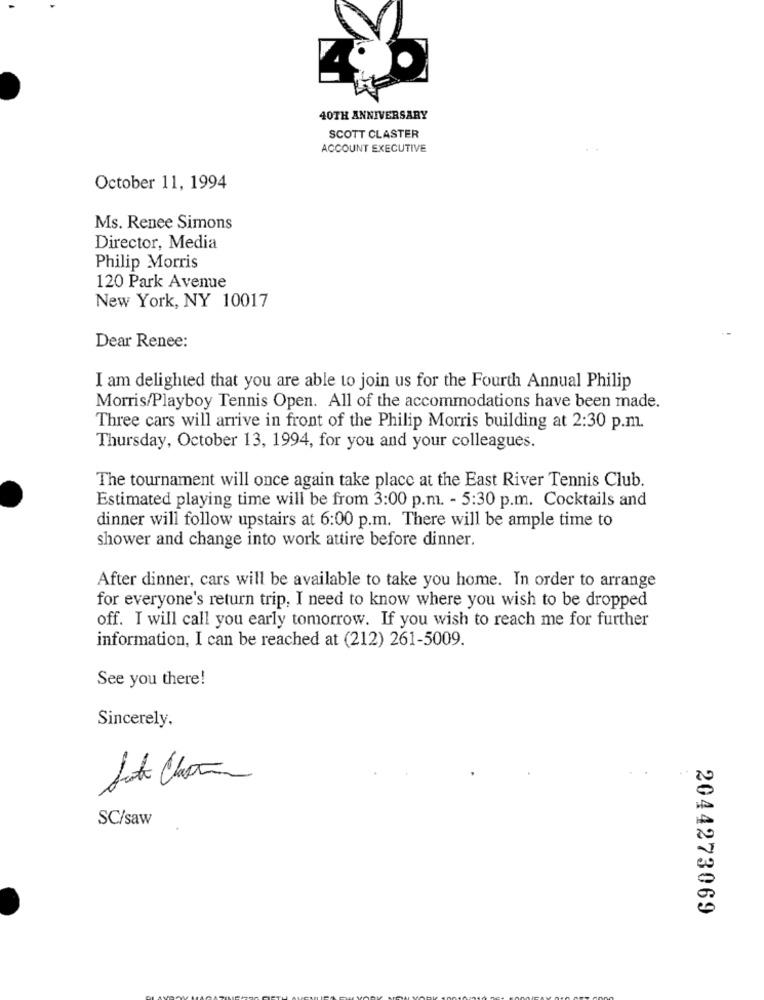
40TH ANNIVERSARY
SCOTT CLASTER
ACCOUNT EXECUTIVE
October 11, 1994
Ms. Renee Simons
Director, Media
Philip Morris
120 Park Avenue
New York, NY 10017
Dear Renee:
I am delighted that you are able to join us for the Fourth Annual Philip
Morris/Playboy Tennis Open. All of the accommodations have been made.
Three cars will arrive in front of the Philip Morris building at 2:30 p.m.
Thursday, October 13, 1994, for you and your colleagues.
The tournament will once again take place at the East River Tennis Club.
Estimated playing time will be from 3:00 p.m. - 5:30 p.m. Cocktails and
dinner will follow upstairs at 6:00 p.m. There will be ample time to
shower and change into work attire before dinner.
After dinner, cars will be available to take you home. In order to arrange
for everyone's return trip. I need to know where you wish to be dropped
off. I will call you early tomorrow. If you wish to reach me for further
information, I can be reached at (212) 261-5009.
See you there!
Sincerely,
SC/saw
2044273069